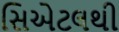
સિએટલથી